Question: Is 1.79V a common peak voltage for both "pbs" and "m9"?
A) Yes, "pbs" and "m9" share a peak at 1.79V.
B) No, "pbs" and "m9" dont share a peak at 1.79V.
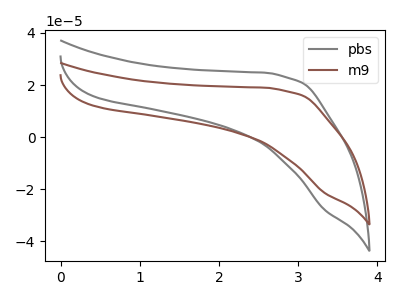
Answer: <think>The gray curve "pbs" has no peaks. The brown curve "m9" has no peaks.</think>
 <answer>B) No, "pbs" and "m9" dont share a peak at 1.79V.</answer>
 <eval>B</eval>